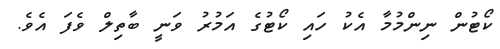
ކޯޓުން ނިންމުމާ އެކު ހައި ކޯޓުގެ އަމުރު ވަނީ ބާތިލް ވެފަ އެވެ.